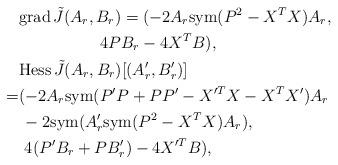
LaTeX: \begin{align*}& {\rm grad}\, \tilde{J}(A_r,B_r) = (-2A_r{\rm sym}(P^2 -X^T X) A_r, \\&\quad\quad\quad\quad\quad4PB_r-4X^TB ), \\& {\rm Hess}\, \tilde{J}(A_r,B_r) [ (A'_r,B'_r)] \\=& ( -2A_r {\rm sym}( P'P+PP'-X'^TX-X^TX') A_r \\&\, -2 {\rm sym} (A'_r {\rm sym} (P^2-X^TX) A_r), \\&\,\, 4(P'B_r+PB'_r) -4 X'^TB ), \end{align*}